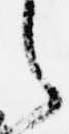
之